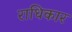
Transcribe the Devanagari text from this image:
राधिकार